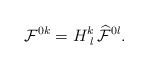
\begin{align*}{\cal F}^{0k} = H^{k}_{\, \, l} \,{\cal \widehat{F}}^{0l}.\end{align*}